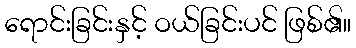
ရောင်းခြင်းနှင့် ဝယ်ခြင်းပင် ဖြစ်၏။